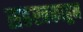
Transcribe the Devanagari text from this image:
सहस्त्रकाहून